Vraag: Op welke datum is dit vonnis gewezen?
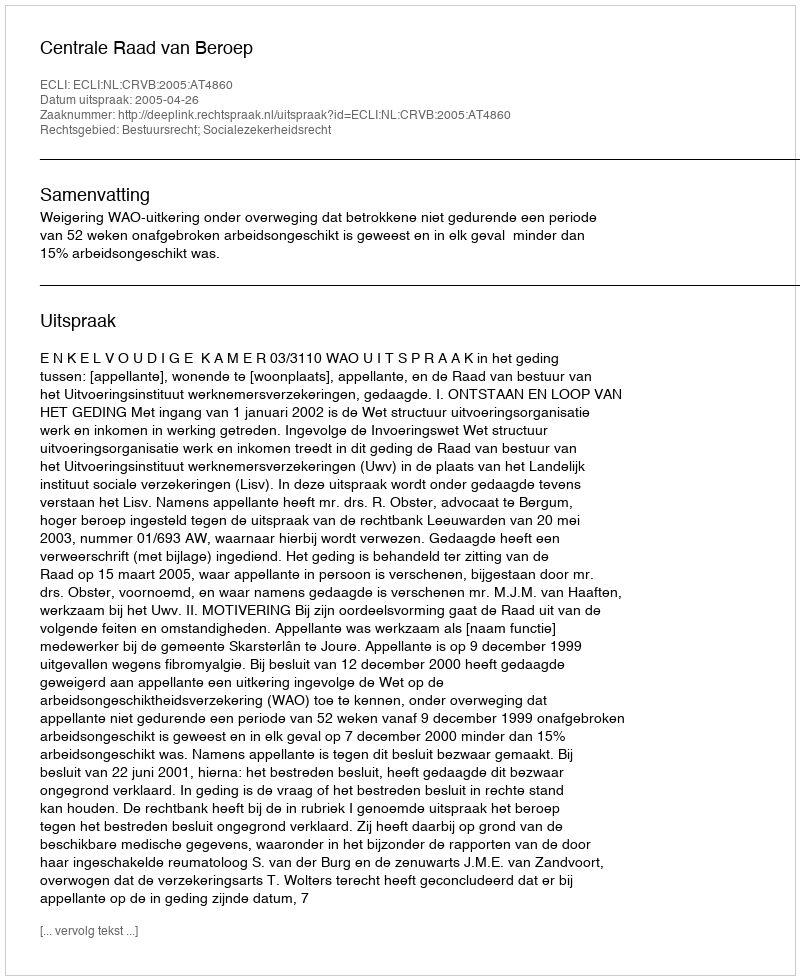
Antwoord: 2005-04-26